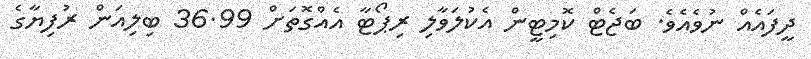
ދީފައެއް ނުވެއެވެ. ބަޖެޓް ކޮމިޓީން އެކުލަވާލި ރިޕޯޓާ އެއްގޮތަށް 36.99 ބިލިއަން ރުފިޔާގެ